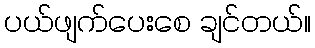
ပယ်ဖျက်ပေးစေ ချင်တယ်။